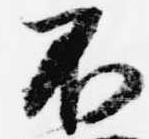
不